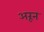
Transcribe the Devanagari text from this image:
अरून